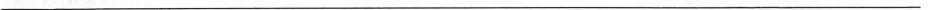
___